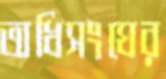
অধিসংঘের